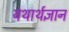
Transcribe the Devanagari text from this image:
यथार्थज्ञान